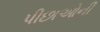
પીછાઓની